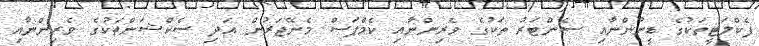
ފެކްލަޓީތަކުގެ ޑީނުންނާއި ސެންޓަރު ތަކުގެ ވެރިންނާއި ކެމްޕަސް މެނޭޖަރުން އަދި ސެކްޝަންތަކުގެ ވެރިންނާއި